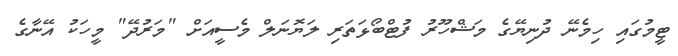
ޓީމުގައި ހިމެނޭ ދުނިޔޭގެ މަޝްހޫރު ފުޓްބޯޅަތަރި ލަޔޮނަލް މެސީއަށް "މަރުދޭ" މީހަކު އޭނާގެ